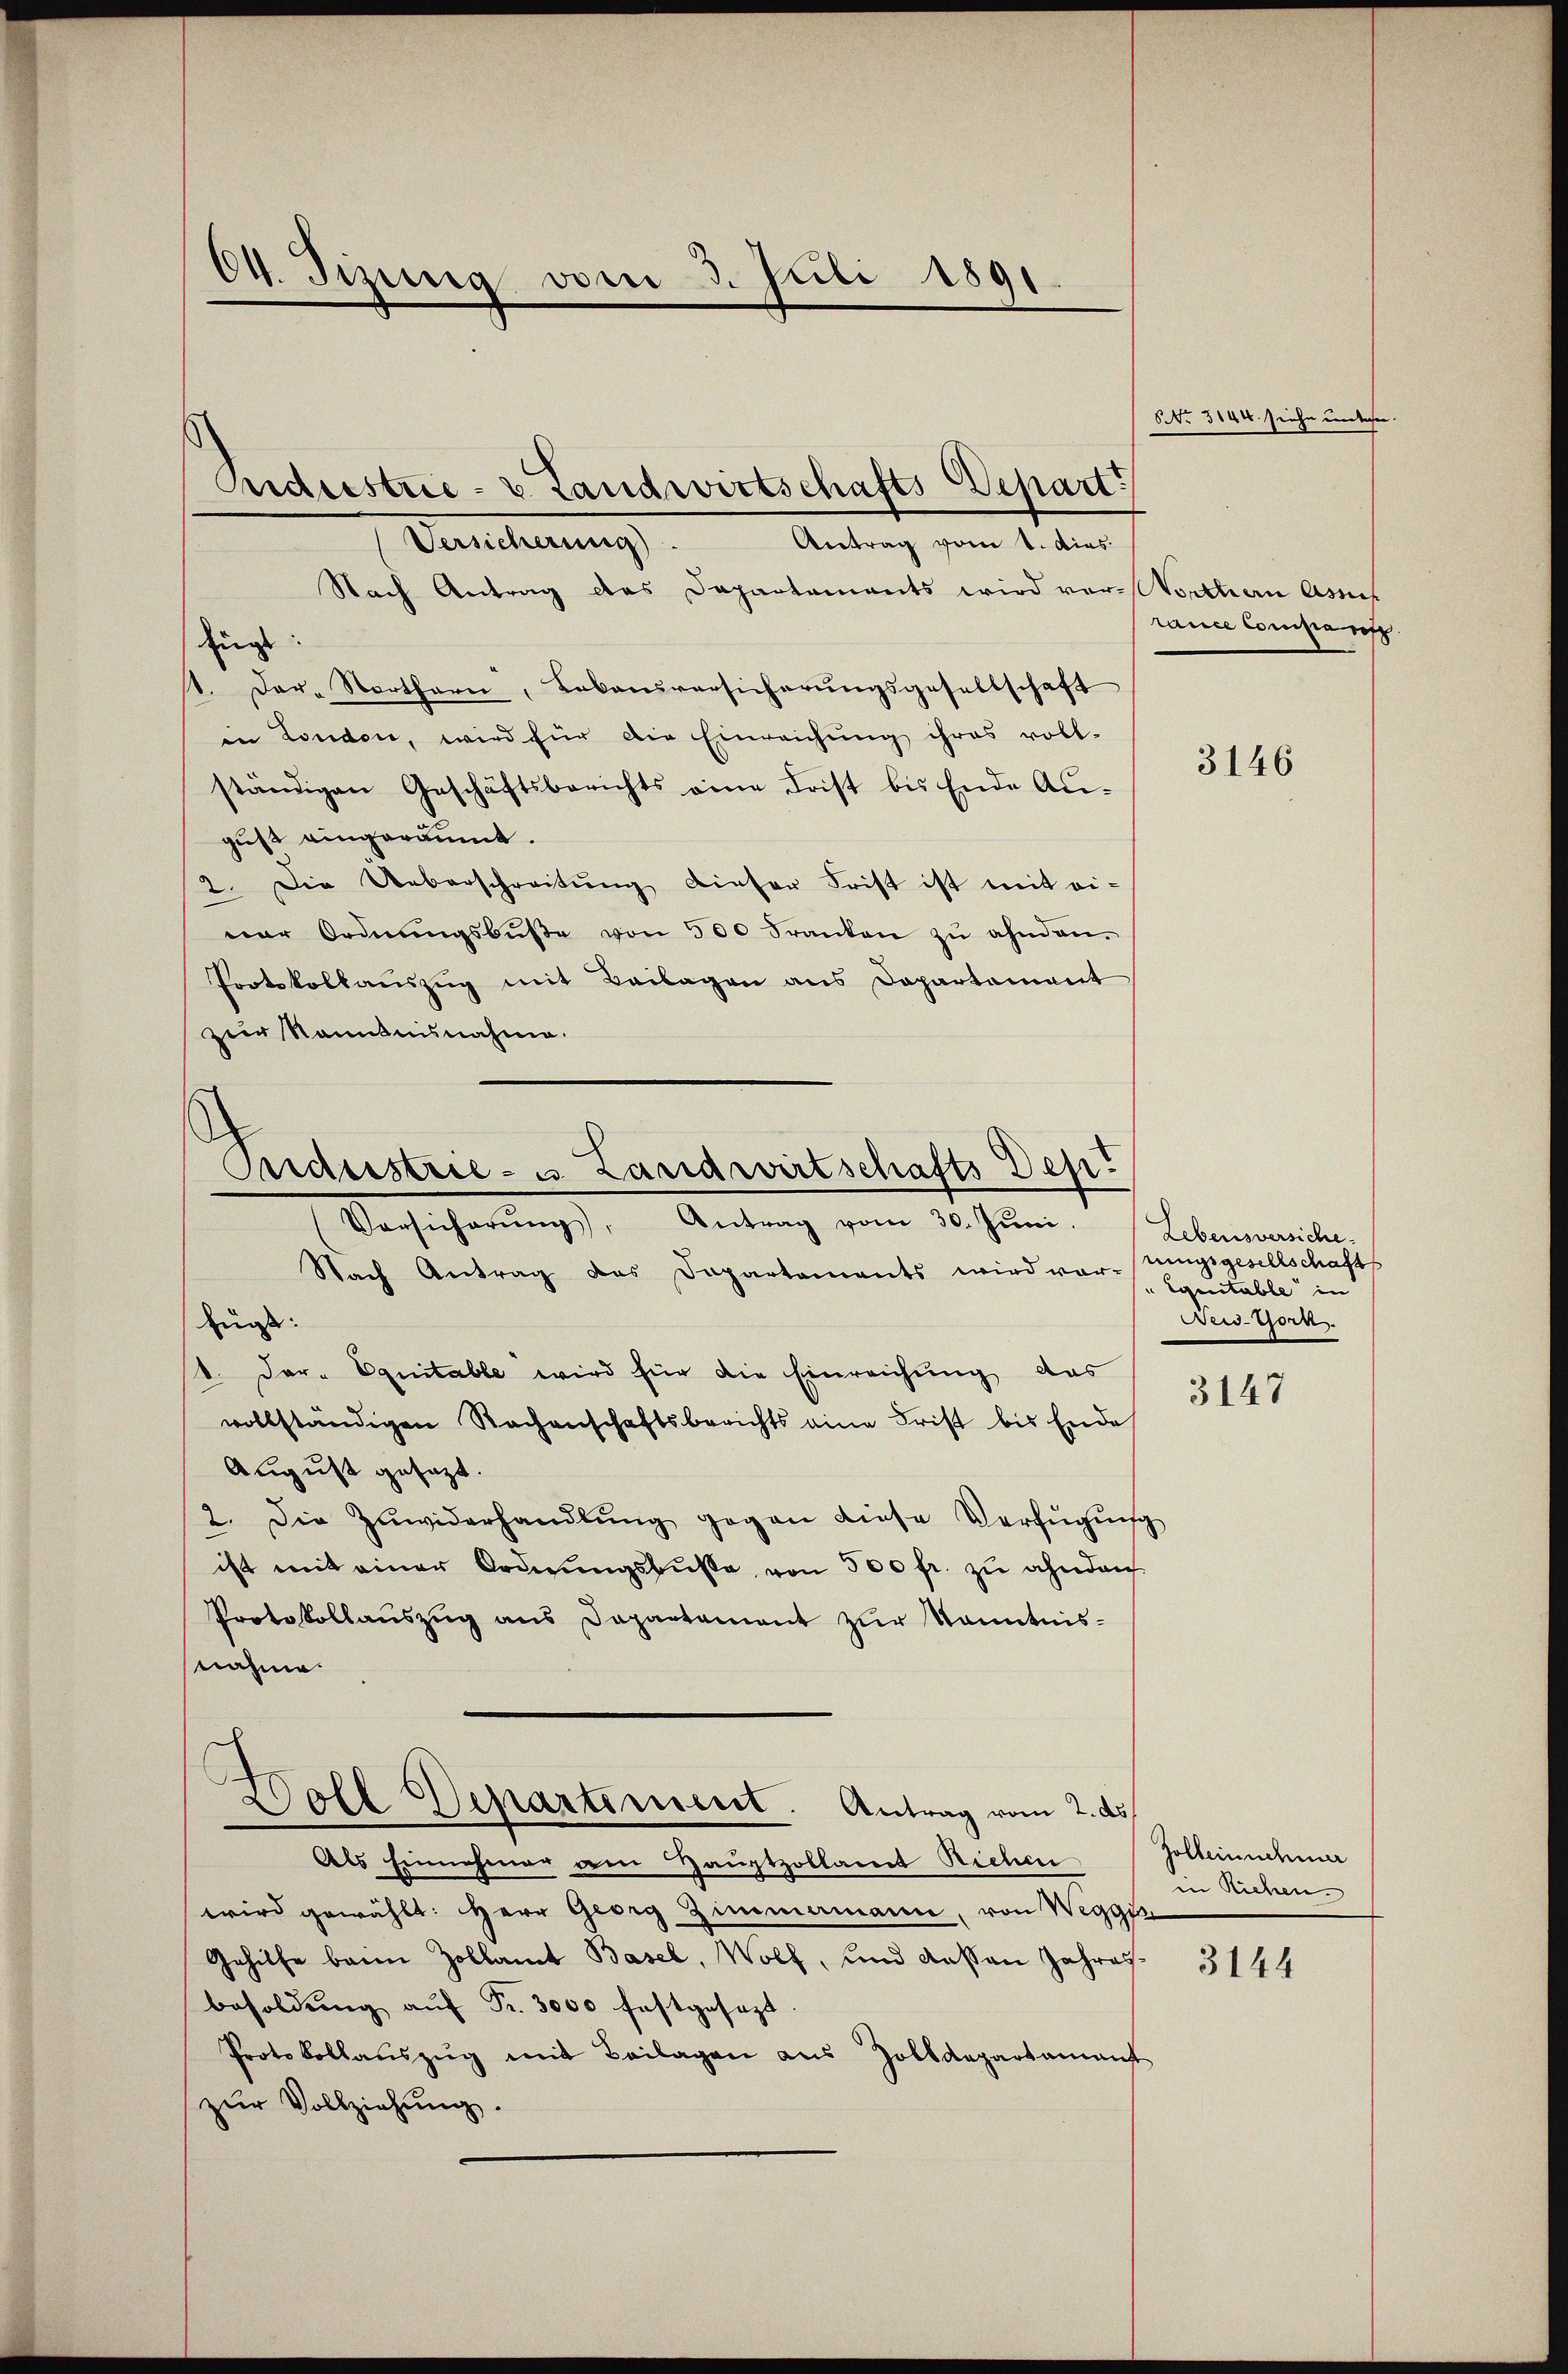
04. Tizung vom 3. Juli 1891

Priderstrie- v. Landwirtschafts-Depart
Versicherung).
Antrag vom 1. dies

Nach Antrag das Departements wird ver-Northen Asses
Euge
1. Der Northorn, Labandversicherŭngsgesellschaft
in London, wird für die Einreichŭng ihres voll-
ständigen Geschäftsberichts eine Frist bis Ende An-
gust eingeräumt.
2. Die Ueberschreitŭng dieser Frist ist mit ei-
ner Ordnŭngsbŭβe von 500 Franken zŭ ahnden.
Protokollaŭszŭg mit Beilagen ans Departement
zur Kenntnisnahme.

Ondustrie- u. Landwirtschafts Dep
Antrag vom 30. Juni.
Versicherungs

Nach Antrag das Departaments wird vorzungsgesellschafts
fügt:
1. Dar- Equitable wird für die Einreichung das
vollständigen Rachenschaftsberichts eine Frist bis Ende
August gesezt.
2. Die Zuwiderhandlŭng gegen diese Verfügŭng
ist mit einer Ordnungsbusse, von 500 fr. zu ahnden
Protokollauszug aus Departament zŭr Kenntnis-
nahme
¬
Soll Departiment. Antrag vom 2. ds.
Als Einnehmer vom Hauptzollant Richen
wird gewählt: Herr Georg Zimmamann, von Weggin
Gehilfe beim Zollamt Basel, Wolf, und dassen Jahresbesoldŭng aŭf Fr. 3000 festgesezt.
Protokollaŭszŭg mit Beilagen aus Zolldepartement
zur Vollziehung.

NNo. 3144. siehe unehe

tance Compa

3146

Lebensversiche.
" Equitable in
Beistern

3147

Zolleinnehmer
in Richen.

3144